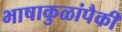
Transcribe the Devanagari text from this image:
भाषाकुळांपैकी